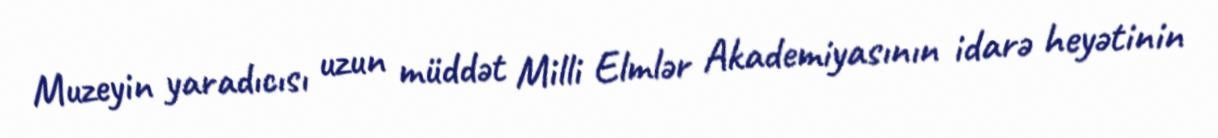
Muzeyin yaradıcısı uzun müddət Milli Elmlər Akademiyasının idarə heyətinin